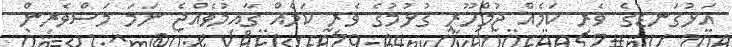
އަޅުގަނޑުގެ ވެރި ކަމެއް ޖުމްހޫރީ ގުޅުމުގެ ވެރި ކަމެއް ގާއިމުވެއްޖެ ނަމަ މަސްވެރިން